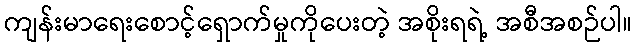
ကျန်းမာရေးစောင့်ရှောက်မှုကိုပေးတဲ့ အစိုးရရဲ့ အစီအစဉ်ပါ။